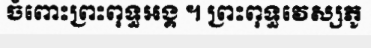
ចំពោះព្រះពុទ្ធអង្គ ។ ព្រះពុទ្ធវេស្សភូ